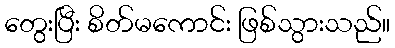
တွေးပြီး စိတ်မကောင်း ဖြစ်သွားသည်။